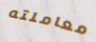
معاملته